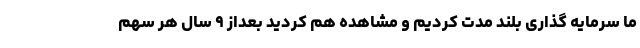
ما سرمایه گذاری بلند مدت کردیم و مشاهده هم کردید بعداز ۹ سال هر سهم